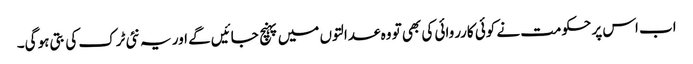
اب اس پر حکومت نے کوئی کارروائی کی بھی تو وہ عدالتوں میں پہنچ جائیں گے اور یہ نئی ٹرک کی بتی ہو گی۔